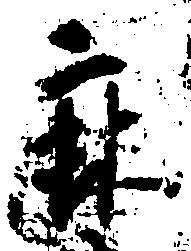
麻